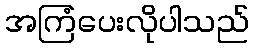
အကြံပေးလိုပါသည်